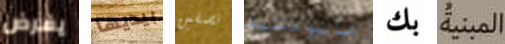
يفرض بيديها نصفين ماتوتشيك بك المبية